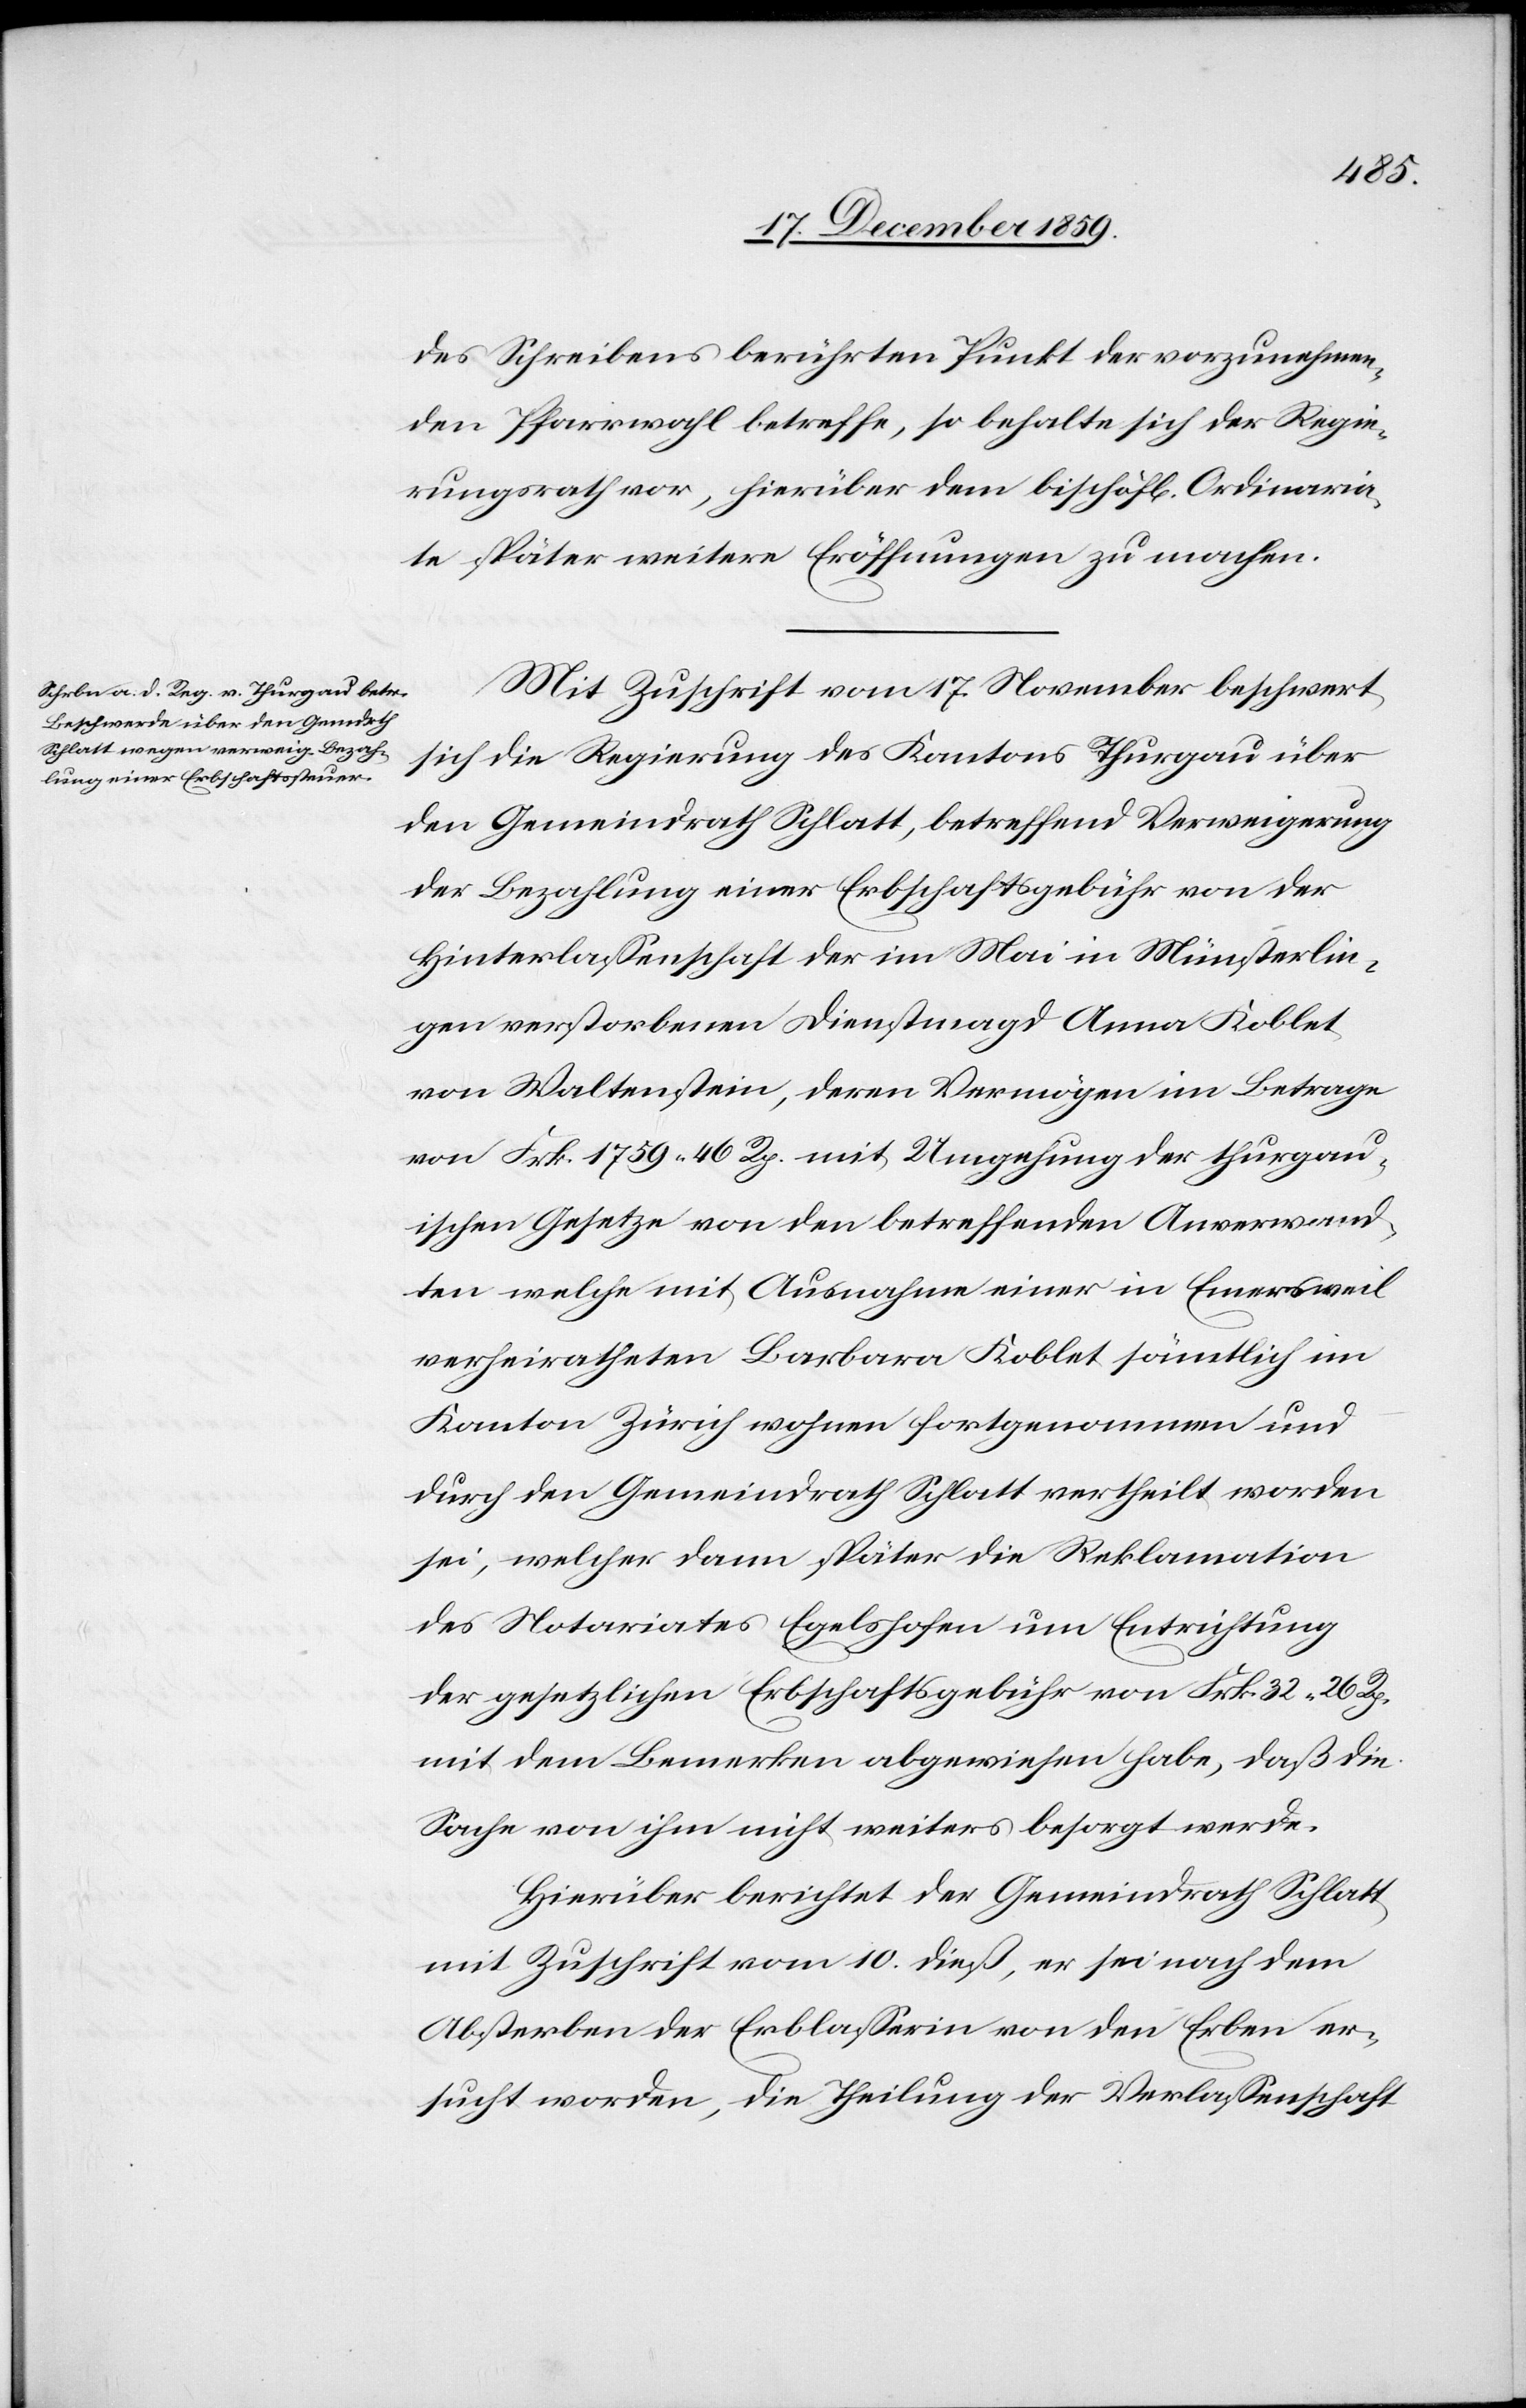
des Schreibens berührten Punkt der vorzunehmen¬
den Pfarrwahl betreffe, so behalte sich der Regie¬
rungsrath vor, hierüber dem bischöfl[ichen] Ordinaria¬
te später weitere Eröffnungen zu machen.
Mit Zuschrift vom 17. November beschwert
sich die Regierung der Kantons Thurgau über
den Gemeindrath Schlatt, betreffend Verweigerung
der Bezahlung einer Erbschaftsgebühr von der
Hinterlassenschaft der im Mai in Münsterlin¬
gen verstorbenen Dienstmagd Anna Koblet
von Waltenstein, deren Vermögen im Betrage
von Frk. 1759 46 Rp. mit Umgehung der thurgau¬
ischen Gesetze von den betreffenden Anverwand¬
ten welche mit Ausnahme einer in Emersweil
verheiratheten Barbara Koblet sämtlich im
Kanton Zürich wohnen fortgenommen und
durch den Gemeindrath Schlatt vertheilt worden
sei, welcher dann später die Reklamation
des Notariates Egelshofen um Entrichtung
der gesetzlichen Erbschaftsgebühr von Frk. 32 26 Rp.
mit dem Bemerken abgewiesen habe, daß die
Sache von ihm nicht weiters besorgt werde.
Hierüber berichtet der Gemeindrath Schlatt
mit Zuschrift vom 10. dieß, er sei nach dem
Absterben der Erblasserin von den Erben er¬
sucht worden, die Theilung der Verlassenschaft